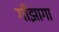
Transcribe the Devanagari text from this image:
गाँझागा